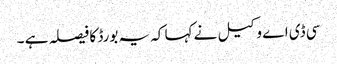
سی ڈی اے وکیل نے کہا کہ یہ بورڈ کا فیصلہ ہے ۔